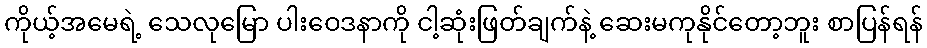
ကိုယ့်အမေရဲ့ သေလုမြော ပါးဝေဒနာကို ငါ့ဆုံးဖြတ်ချက်နဲ့ ဆေးမကုနိုင်တော့ဘူး စာပြန်ရန်